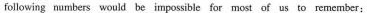
following numbers would be impossible for most of us to remember: